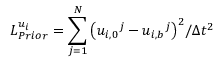
L _ { P r i o r } ^ { { { u } _ { i } } } = \sum _ { j = 1 } ^ { N } { { { \left( { { u } _ { i , 0 } } ^ { j } - { { u } _ { i , b } } ^ { j } \right) } ^ { 2 } } / \Delta { { t } ^ { 2 } } }